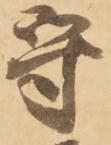
守